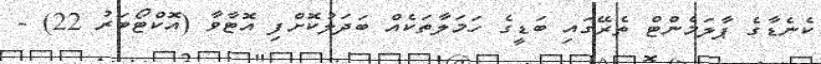
ކެނެޑާގެ ޕާލަމެންޓް ތެރޭގައި ބަޑީގެ ހަމަލާތަކެއް ބަދަލުކޮށްފި އޮޓާވާ (އޮކްޓޯބަރު 22) -